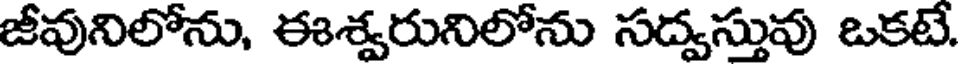
జీవునిలోను, ఈశ్వరునిలోను సద్వస్తువు ఒకటే.